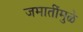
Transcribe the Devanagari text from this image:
जमातींमुळे